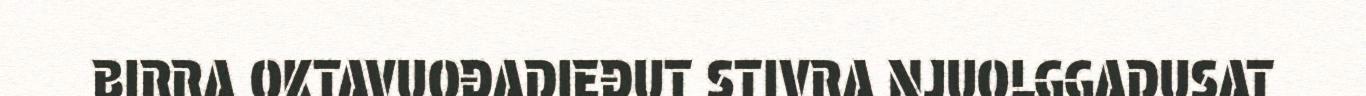
BIRRA OKTAVUOĐADIEĐUT STIVRA NJUOLGGADUSAT